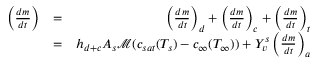
\begin{array} { r l r } { \left( \frac { d m } { d t } \right) } & { = } & { \left( \frac { d m } { d t } \right) _ { d } + \left( \frac { d m } { d t } \right) _ { c } + \left( \frac { d m } { d t } \right) _ { t } } \\ & { = } & { h _ { d + c } A _ { s } \mathcal { M } ( c _ { s a t } ( T _ { s } ) - c _ { \infty } ( T _ { \infty } ) ) + Y _ { v } ^ { s } \left( \frac { d m } { d t } \right) _ { a } } \end{array}